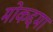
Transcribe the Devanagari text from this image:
मोकद्दमा